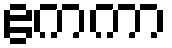
ဧကကာ